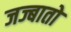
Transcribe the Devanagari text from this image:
जज्बातो